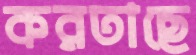
করতাছে